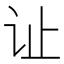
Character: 𫟞